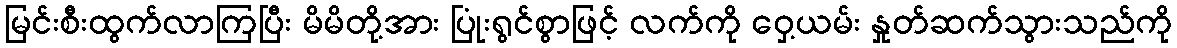
မြင်းစီးထွက်လာကြပြီး မိမိတို့အား ပြုံးရွင်စွာဖြင့် လက်ကို ဝှေ့ယမ်း နှုတ်ဆက်သွားသည်ကို